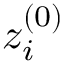
z _ { i } ^ { ( 0 ) }